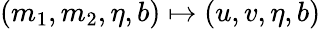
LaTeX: (m_{1},m_{2},\eta,b)\mapsto(u,v,\eta,b)